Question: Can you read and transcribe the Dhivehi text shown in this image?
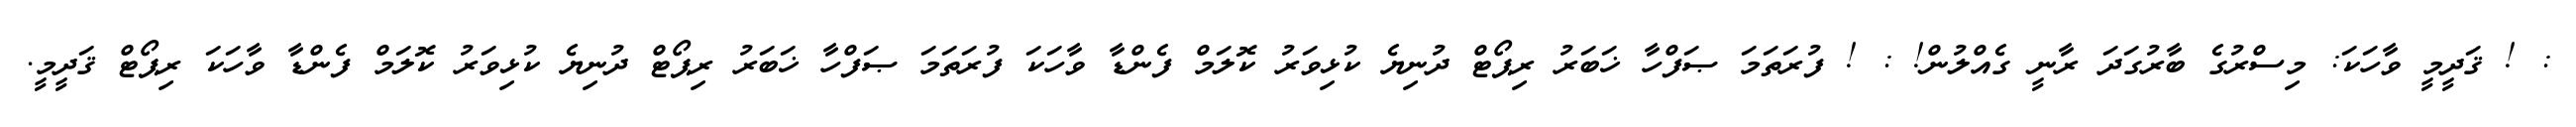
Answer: : ! ޤަދީމީ ވާހަކަ: މިސްރުގެ ބާރުގަދަ ރާނީ ގެއްލުން! : ! ފުރަތަމަ ޞަފްހާ ޚަބަރު ރިޕޯޓް ދުނިޔެ ކުޅިވަރު ކޮލަމް ފެންޑާ ވާހަކަ ފުރަތަމަ ޞަފްހާ ޚަބަރު ރިޕޯޓް ދުނިޔެ ކުޅިވަރު ކޮލަމް ފެންޑާ ވާހަކަ ރިޕޯޓް ޤަދީމީ.